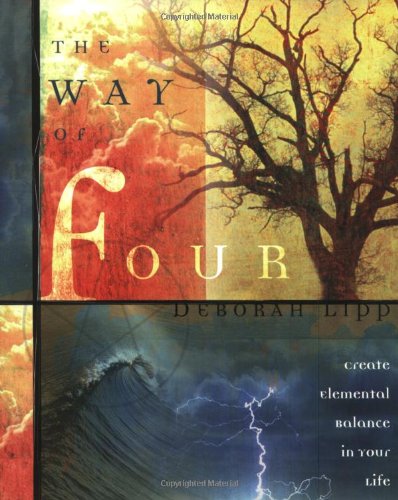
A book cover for The Way of Four: Create Elemental Balance in Your Life; Deborah Lipp; Literature & Fiction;